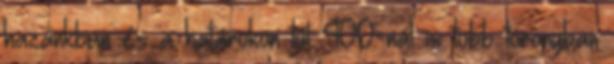
hazánkban és a határokon túl 400-nál is több toronyban